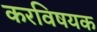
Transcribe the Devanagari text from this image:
करविषयक